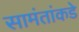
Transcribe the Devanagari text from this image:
सामंतांकडे